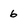
Character: 6